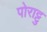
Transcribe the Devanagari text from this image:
पोराट्टु